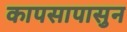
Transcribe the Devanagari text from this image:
कापसापासुन